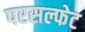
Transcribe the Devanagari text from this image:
परसल्फेट